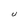
Character: U